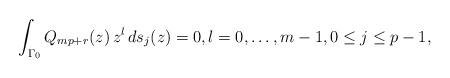
LaTeX: \begin{align*}\int_{\Gamma_{0}} Q_{mp+r}(z)\,z^{l}\,ds_{j}(z)=0,l=0,\ldots,m-1,0\leq j\leq p-1,\end{align*}